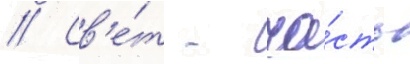
// Св'е́т - ча́сть